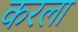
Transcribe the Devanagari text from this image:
करला